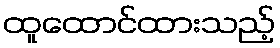
ထူထောင်ထားသည့်